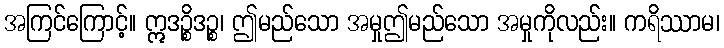
အကြင်ကြောင့်။ ဣဒဉ္စိဒဉ္စ၊ ဤမည်သော အမှုဤမည်သော အမှုကိုလည်း။ ကရိဿာမ၊